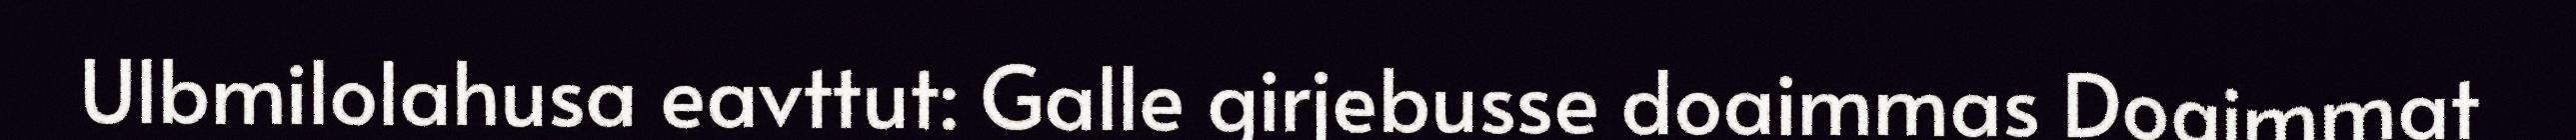
Ulbmilolahusa eavttut: Galle girjebusse doaimmas Doaimmat